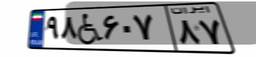
۹۸W۶۰۷۸۷